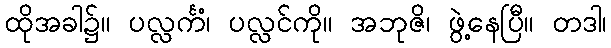
ထိုအခါ၌။ ပလ္လင်္ကံ၊ ပလ္လင်ကို။ အဘုဇိ၊ ဖွဲ့နေပြီ။ တဒါ၊